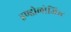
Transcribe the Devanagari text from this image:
इण्डोलोजिस्ट